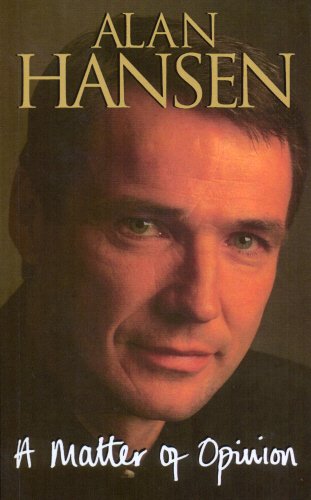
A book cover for A Matter of Opinion; Alan Hansen; Sports & Outdoors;